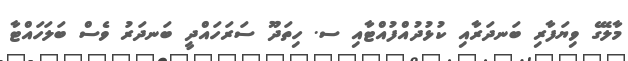
މާލޭގެ ވިޔަފާރި ބަނދަރާއި ކުޅުދުއްފުއްޓާއި ސ. ހިތަދޫ ސަރަހައްދީ ބަނދަރު ވެސް ބަލަހައްޓާ